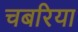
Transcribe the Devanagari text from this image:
चबरिया